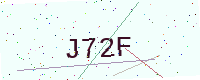
Text: J72F